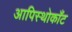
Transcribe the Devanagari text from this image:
आपिस्थोकाँट